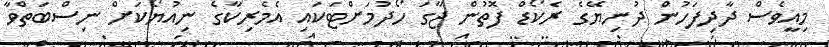
މިއީވެސް ދާދިފަހުން ދުނިޔޭގެ ރެކޯޑް ފޮތުން ޖާގަ ހޯދުމަށްޓަކައި އެމެރިކާގެ ނިއުޔޯކަށް ނިސްބަތްވާ